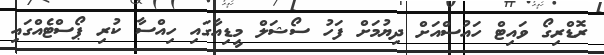
ރޮޑްރިގޯ ވައިޓް ހައުސްއަށް ދިޔުމަށް ފަހު ސޯޝަލް މީޑިއާގައި ހިއްސާ ކުރި ޕޯސްޓެއްގައި